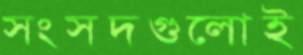
সংসদগুলোই